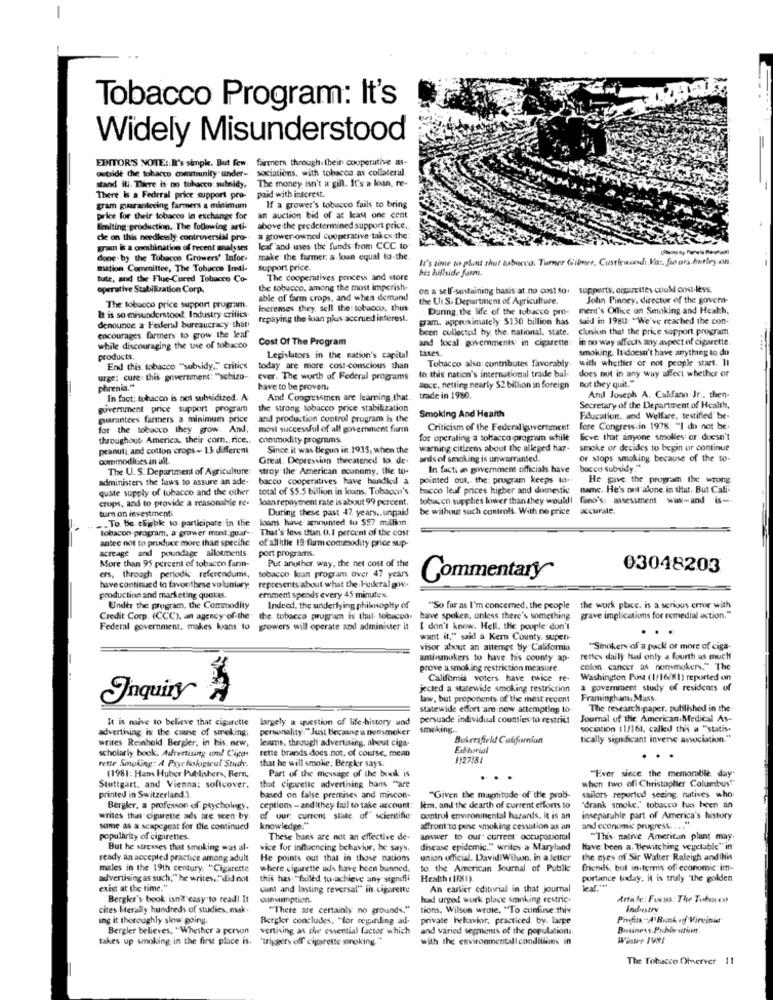
Tobacco Program: It's
Widely Misunderstood
EDITOR'S NOTE: It's simpk. But Few. farmers through. their cooperative as-
sociations, with tobacco as collateral.
outside the tobacco community" under-
The money isn't a gift. It's a loan, re-
stand ill. There is no tobacco: sulnidy,
There Is a Federal price support pro-
paid with interest.
gram guaranteeing farmers a minimum
If a grower's tobacco fails to bring
price for their tobacco in exchange for
an auction bid of at kast one cent
Emniting:production. The following-arti-
above:the predetermined support price ..
die on this needlessly controversial pro-
a grower owno cooperative tak cs:the:
gram is a combination of recent analyses
leaf'and uses the funds from CCC to
done. by the Tobacco Growers' Infor-
make the farmer, a loun equal to-the.
It's time to plat shut tobacco. Turner Gilmer, Custlewsch Vat, floors burley on.
mation Committee, The Tobacco Indi-
support price.
his hillside farmy.
tute, and the Flue-Cured Tobucco Co-
The cooperatives process and store
operative Stabilization Corp.
the tobacco, among the most imperish-
on a self-sustaining basis at no cost to. supports, ciguettes could cost.less.
able of farm crops, and when demand
the UI.S. Department of Agriculture.
John Pinney, director of the govern-
The tobacco price support program.
Increases they. sell the: tobacco, thus
During, the life of the tobacco pro.
ment's Office on Smoking and Health.
It is so misunderstood Industry critics-
repaying the loan plus accrued interest.
gram. approximately $130 billion has
said in 1980: "We've reached the con-
denounce a Federal bureaucracy that
been collected by the national, state.
clusion that the price.support. program
encourages farmers to grow the leaf
Cost Of The Program
and local governments in cigarette
in no way affects any aspect of cigarette
while discouraging the use of tobacco
taxes.
smoking. It doesn't have anything to do
products.
Legislators in the nation's capital
Tobacco also: contributes favorably
with whether or not people start. Il
End this, tobacco ""subsidy," critics
today are more cost-conscious than
to:this nation's international trade bal- does not in any way affect whether or
urge: cure. this government: "schizo-
ever. The worth of Federal programs
Bot they quit."
phrenis."
have to be proven,
anct. netting nearly $2 billion in foreign
In fact: tobacco is not subsidized. A
And Congressmen are learning.that. trade in 1980.
And Joseph A. Califano Jr .. then-
government price support program
the strong tobacco price stabilization
Secretary of the Department of Health,
guarantees farmers a minimum price
and production control program is the
Smoking And Health
Education .. and Welfare, testified' be-
for the tobacco they grow. And.
most successful of all government firm
Criticism of the Federal government fore Congress in 1978: "I do not be
throughout America. their com ., rice ..
commodity programs.
for operating a tobacco program while
love that anyone smokes ar duesn't
peanuti, and cotton crops- 13 different
Since it was begun in 1933, when the
warning citizens about the alleged har-
smoke or decides to begin or continue
commodities in all.
Great. Depression threatened to. de-
ards of smoking is unwarranted.
of stops smoking because of the to-
The U. S. Department of Agriculture:
stroy the American economy, the to-
In fact; as government officials have
bacco subsidy."
administers the laws to assure an ade-
bacco cooperatives have handked a
pointed out, the: program keeps to.
He gave the program the wrong
quate supply of tobacco and the other total of $5.5 billion in loans. Tobacco's
bucco leaf prices higher and domestic
name. He's out'alone in that. But Cali
ctups, and to provide a reasonable re-
Joan repayment rate is about 99 percent.
tobacco supplies lower than they would!
turn on investment:
During these past 47 years .. unpaid
be without such controls. With no price
.To be eligible to participate in the loans have anounted to $57 million.
tobacoo program, a grower must.guar -. That's less than. 0.1 percent of the cost
antec not to produce more than specific
acreage and poundage allotments.
of all ithe 19 farm commodity price sup-
port programs.
More than 95 percent of tobacco fann-
Put another way, the net cost of the
03048203
ers, through periodic referendums,
tobacco loan program over 47 years
Commentary
have continued lo favonthese voluntary;
represents about what the Federal goww.
production and marketing quekas.
ernment spends every 45 minutes.
Under the program, the Commodliy
Indeed, the underlying philosophy of
"So far as I'm concerned, the people
the work place. is a serious error with
Credit Corp. (CCC), an agency of the the tobacco program is thut- tobacco.
have spoken, unless there's something
grave implications for remedial action."
Federal government. makes loans to growers will operate and administer it
I don't know. Hell. the pouple don't
..
want it," said a Kern County, supen-
visor about an attempt by California
"Sinokers of a pack or more of ciga-
antiasmokers to have his county ap-
rettes daily tual only a fourth as much
prove a smoking restriction measure.
colon cancer as nonsmokers." The
Califomia voters have twice re-
Washington Post (1/16/81) reported on
jected a statewide smoking restriction
a goverment study of residents of
Inquiry
law, but proponents of the thest recent
Framingham, Muss
statewide effort are new attempting to-
The research paper, published in the-
It is naive to believe that cigarette
largely a question of life-history and
persuade individual counties to restrict
Journal of the American Medical As-
advertising is the cause of smoking;
personality:"Just because a nonsmoker
smoking ..
sociation (1/161, called this a "statis.
writes Reinhold Bergler, in his, new,
lesuns, through advertising, about ciga-
Bakersfield Californian
tically significant inverse association."
rette brands does not, of course, mean
rette Smoking: A Psychological Study.
scholarly book. Advertising um! Cigar
that he will smolie, Bergler says.
1127181
..
Part of the message of the book is
"Ever since the memorabile day"
(1981: Hans Huber Publishers, Bern,
when two of Christopher Columbus"
Stuttgart. and Vienna: softcover.
that cigarette advertising hans "are
printed in Switzerland.).
based on false premises and miscon-
"Given the magnitude of the prob-
sailors reported seeing natives who:
Bergler, a professor of psychology,
ceptions - and Ithey fail to take account:
Itm. and the dearth of current efforts to
"drank smoke.' tobacco has been an
writes that cigarette ads are seen by.
of our current state of' scientific
control environmental hazards, it is an
inseparable part of America's history
same as a scapegoat for the continued
knowledge."
affront:to pense smoking cessation as an
and economic progress. . . .
popularity of cigarettes.
These bans are not an effective de-
answer to our current occupational
"This. native American plant may.
But he stresses that smoking was al-
vice for influencing behavior. he says.
disease epidemic." writes a Maryland
have been a. Hewitching vegetable"" in"
ready an accepled practice among adult
He points out that in those nations
union official. David Wilson, in a letter
the eyes of Sir Walter Raleigh and IHis
males in the 19th century, "Cigarette
where cigarette uds have been banned.
to. the American Journal of Putille
friends, but initerms of economic im-
advertising as such," he writes .. "did not
this has: "failed to achieve any signifii
Health :1(81).
portance today. it is truly "The golden
exist at the time."
cunt and lasting reversal" in cigarette
An earlier editorial in that journal
Bergler's book isn't easy to read! It
consumption.
had urged work place smoking restric-
Article: Fucus: The Tobacco
cites literally hundreds of studies, mak.
"There are certainly no grounds."
tions. Wilson wrote. "To confuse thiy
ing it thoroughly slow going.
Bergker concludes, "for regarding ad-
private helaavior, practiced by. large
Phein"A"Runk of Virvinie'
Bergler believes, "Whether a person
vertising as the essential factor which
and varied segments of the population ..
takes up smoking in the first place is.
"Triggers off" cigarette mnoking."
with the environmental conditions in
Winter IVNI
The Tobacco Observer 11